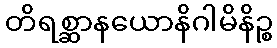
တိရစ္ဆာနယောနိဂါမိနိဉ္စ